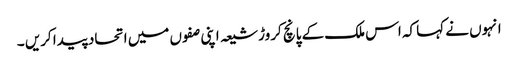
انہوں نے کہا کہ اس ملک کے پانچ کروڑ شیعہ اپنی صفوں میں اتحاد پیدا کریں ۔